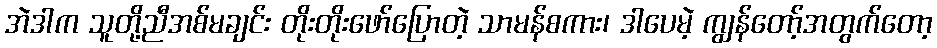
အဲဒါက သူတို့ညီအစ်မချင်း တိုးတိုးဖော်ပြောတဲ့ သာမန်စကား၊ ဒါပေမဲ့ ကျွန်တော့်အတွက်တော့